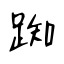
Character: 踟